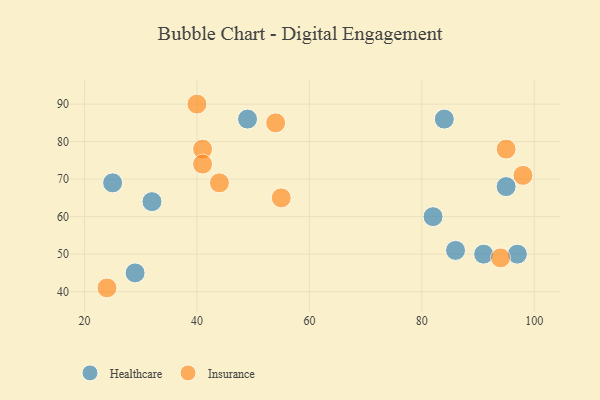
{"axis": {"x": "GDP", "y": "Life Expectancy"}, "legend": ["Healthcare", "Insurance"], "data": [{"x": "49", "y": 86, "type": "Healthcare"}, {"x": "97", "y": 50, "type": "Healthcare"}, {"x": "95", "y": 68, "type": "Healthcare"}, {"x": "91", "y": 50, "type": "Healthcare"}, {"x": "84", "y": 86, "type": "Healthcare"}, {"x": "29", "y": 45, "type": "Healthcare"}, {"x": "86", "y": 51, "type": "Healthcare"}, {"x": "82", "y": 60, "type": "Healthcare"}, {"x": "32", "y": 64, "type": "Healthcare"}, {"x": "25", "y": 69, "type": "Healthcare"}, {"x": "94", "y": 49, "type": "Insurance"}, {"x": "54", "y": 85, "type": "Insurance"}, {"x": "40", "y": 90, "type": "Insurance"}, {"x": "55", "y": 65, "type": "Insurance"}, {"x": "41", "y": 78, "type": "Insurance"}, {"x": "24", "y": 41, "type": "Insurance"}, {"x": "44", "y": 69, "type": "Insurance"}, {"x": "41", "y": 74, "type": "Insurance"}, {"x": "98", "y": 71, "type": "Insurance"}, {"x": "95", "y": 78, "type": "Insurance"}]}